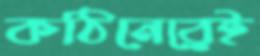
কঠিনেরেই